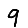
Digit: 9